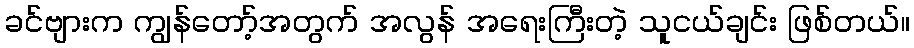
ခင်ဗျားက ကျွန်တော့်အတွက် အလွန် အရေးကြီးတဲ့ သူငယ်ချင်း ဖြစ်တယ်။